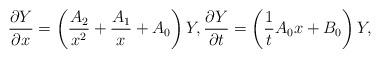
LaTeX: \begin{align*}\frac{\partial Y}{\partial x}= \left(\frac{A_2}{x^2}+\frac{A_1}{x}+A_0 \right)Y ,\frac{\partial Y}{\partial t}=\left( \frac{1}{t}A_0 x+B_0 \right)Y,\end{align*}